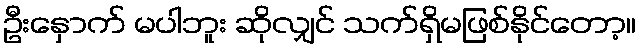
ဦးနှောက် မပါဘူး ဆိုလျှင် သက်ရှိမဖြစ်နိုင်တော့။